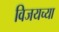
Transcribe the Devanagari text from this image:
विजयच्या